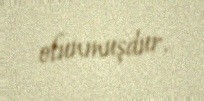
olunmuşdur.